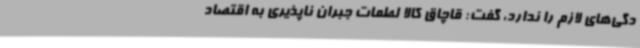
دگی‌های لازم را ندارد، گفت: قاچاق کالا لطمات جبران ناپذیری به اقتصاد